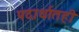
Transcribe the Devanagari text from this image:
पदार्थातही